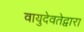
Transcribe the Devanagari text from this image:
वायुदेवतेद्वारा